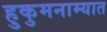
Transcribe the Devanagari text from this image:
हुकुमनाम्यात